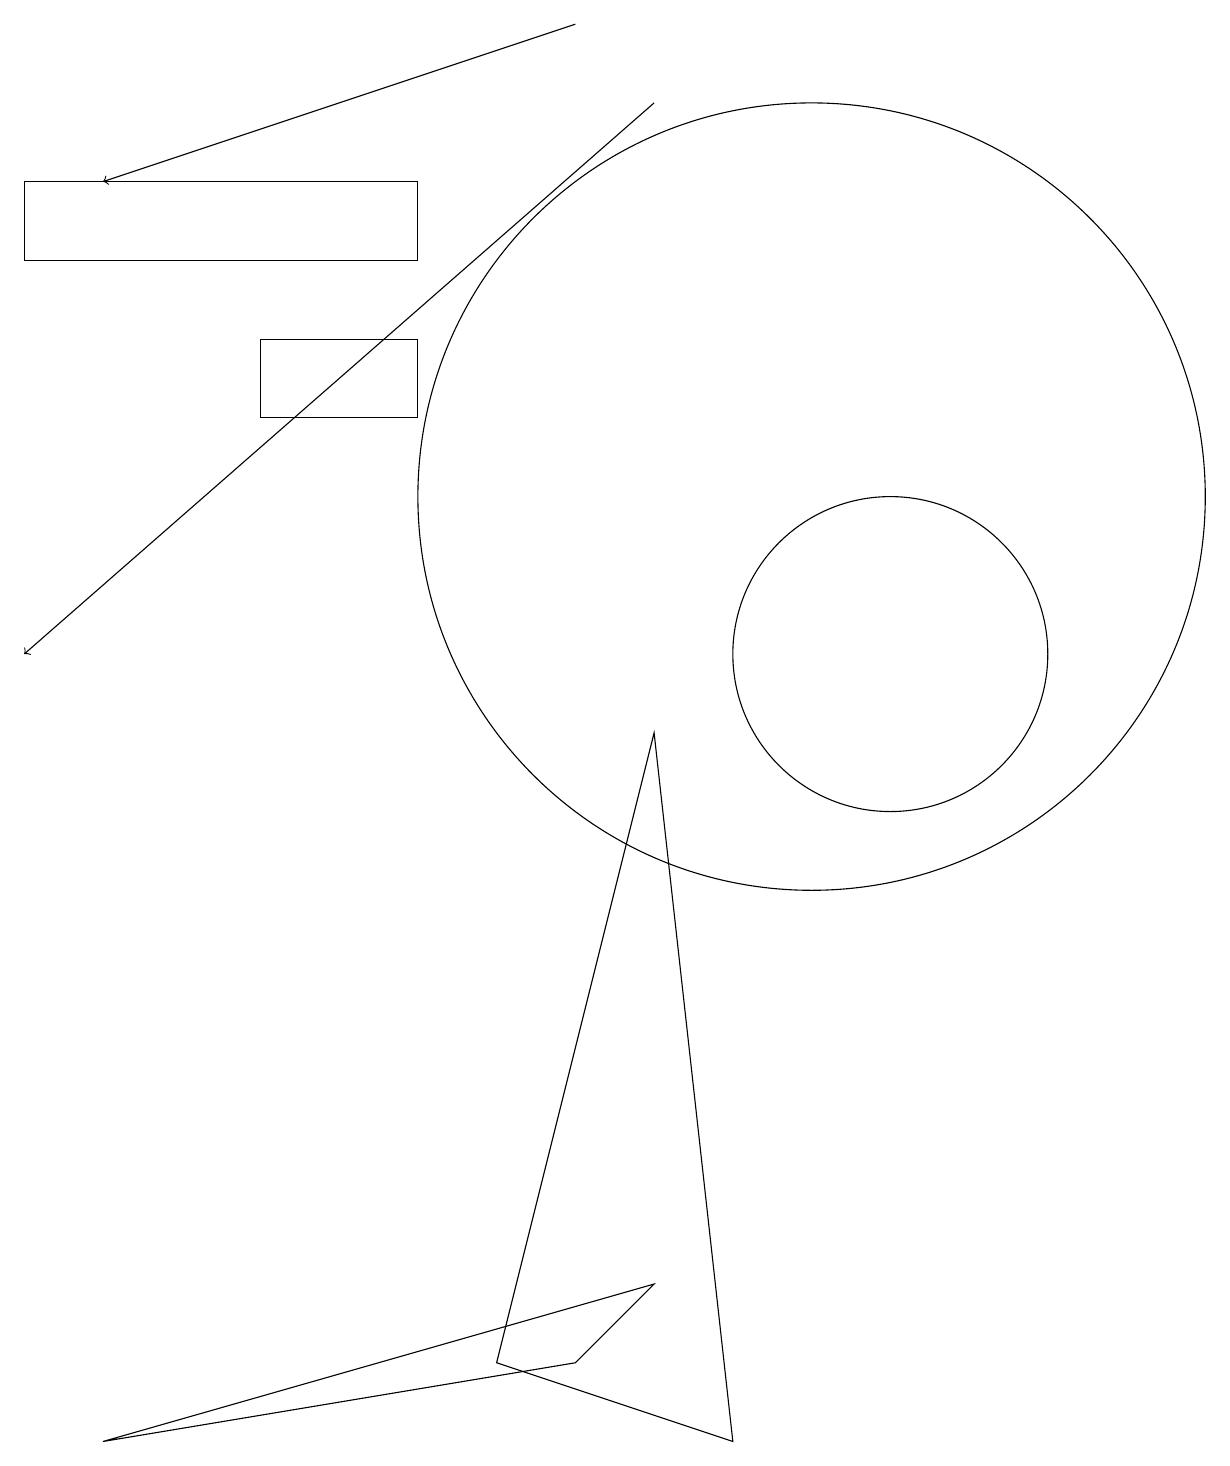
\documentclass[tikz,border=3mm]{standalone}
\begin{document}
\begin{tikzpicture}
\draw (0,15) rectangle (5,16);
\draw (3,14) rectangle (5,13);
\draw[->] (8,17) -- (0,10);
\draw (6,1) -- (8,9) -- (9,0) -- cycle;
\draw[->] (7,18) -- (1,16);
\draw (1,0) -- (7,1) -- (8,2) -- cycle;
\draw (10,12) circle (5);
\draw (11,10) circle (2);
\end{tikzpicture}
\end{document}